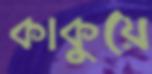
কাকুয়ে